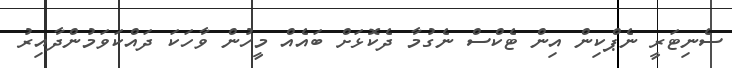
ސެނިޓަރީ ނެޕްކިން އިން ޓެކްސް ނެގުމާ ދެކޮޅަށް ބައެއް މީހުން ވާހަކަ ދައްކަވަމުންދާއިރު